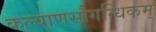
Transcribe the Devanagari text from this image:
कल्याणसौगन्धिकम्